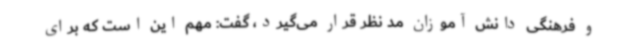
و فرهنگی دانش آموزان مد نظر قرار می‌گیرد، گفت: مهم این است که برای